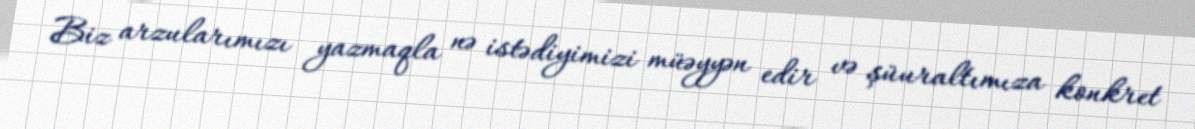
Biz arzularımızı yazmaqla nə istədiyimizi müəyyən edir və şüuraltımıza konkret